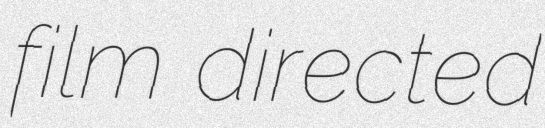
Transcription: film directed